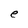
Character: e